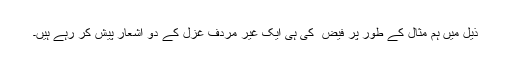
ذیل میں ہم مثال کے طور پر فیض ؔ کی ہی ایک غیر مردف غزل کے دو اشعار پیش کر رہے ہیں۔